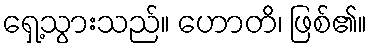
ရှေ့သွားသည်။ ဟောတိ၊ ဖြစ်၏။